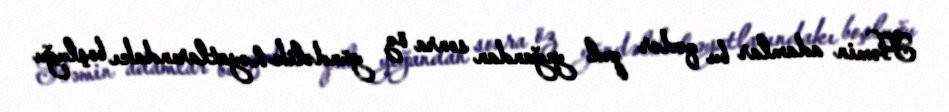
Həmin adamlar bu qədər pul yığandan sonra öz gündəlik həyatlarındakı boşluğu